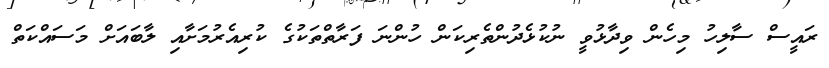
ރައީސް ސާލިހު މިހެން ވިދާޅުވީ ނުކުޅެދުންތެރިކަން ހުންނަ ފަރާތްތަކުގެ ކުރިއެރުމަށާއި ލާބައަށް މަސައްކަތް